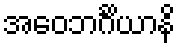
အဝေဘင်္ဂိယာနိ